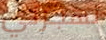
تهجرني